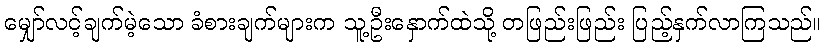
မျှော်လင့်ချက်မဲ့သော ခံစားချက်များက သူ့ဦးနှောက်ထဲသို့ တဖြည်းဖြည်း ပြည့်နှက်လာကြသည်။